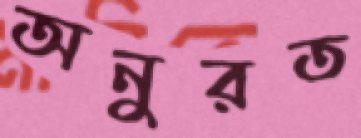
অনুরত